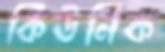
কিউনিক